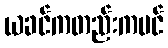
ယခင်ကတည်းကပင်